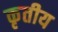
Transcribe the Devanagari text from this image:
कृतीय